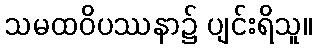
သမထဝိပဿနာ၌ ပျင်းရိသူ။